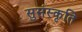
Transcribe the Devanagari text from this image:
सुसंस्कृति